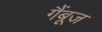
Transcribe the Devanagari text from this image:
गैंबूज